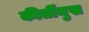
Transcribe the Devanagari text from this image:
कीर्तीमुख